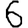
Digit: 6